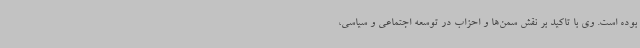
بوده است. وی با تاکید بر نقش سمن‌ها و احزاب در توسعه اجتماعی و سیاسی،